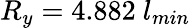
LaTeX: R_{y}=4.882~l_{min}